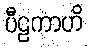
ပီဠကာဟိ